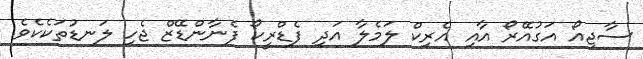
ސާޖިއޯ އަގުއޭރޯ އާއި އެރިކް ލަމެލާ އަދި ފެޑްރީކޯ ފެނާންޑޭޒް ޖެހި ލަނޑުތަކެކެވެ.